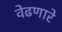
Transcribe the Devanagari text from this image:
वेढणारे